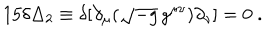
1 5 \delta \Delta _ { 2 } \equiv \delta [ \partial _ { \mu } ( \sqrt { - g } \, g ^ { \mu \nu } ) \partial _ { \nu } ] = 0 \; .